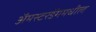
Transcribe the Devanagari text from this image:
अॅमस्टरडॅममधील